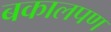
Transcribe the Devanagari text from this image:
बकालपण